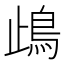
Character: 𩾰